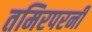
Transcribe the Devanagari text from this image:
तमिरपरनी